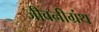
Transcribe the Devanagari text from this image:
जीवनीग्रंथ